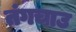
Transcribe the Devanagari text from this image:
तंगचाउ